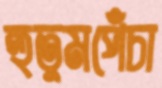
হুতুমপেঁচা